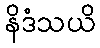
နိဒံသယိ